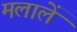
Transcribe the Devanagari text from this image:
मलालें